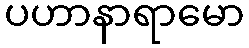
ပဟာနာရာမော